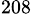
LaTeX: ^{208}